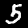
Label: 5